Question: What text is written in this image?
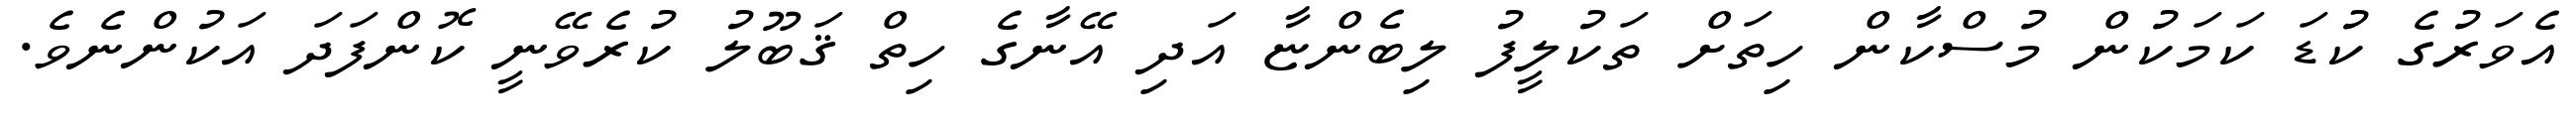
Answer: އެވަރުގެ ކުޑަ ކަމަކުން މުސްކާން ހިތަށް ތަކުލީފު ލިބެންޏާ އަދި އޭނާގެ ހިތް ޤަބޫލު ކުރެވޭނީ ކޮންފަދަ އަކުންނެވެ.